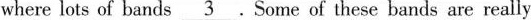
where lots of bands \underline{3}.Some of these bands are really